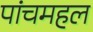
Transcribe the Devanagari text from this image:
पांचमहल